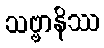
သဗ္ဗာနိဿ